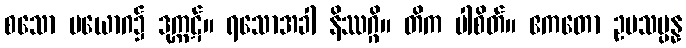
စသော ပယောဂ၌ ဒုက္ကဋ်။ ရသောအခါ နိဿဂ္ဂိ။ တိက ပါစိတ်။ ဧကတော ဥပသမ္ပန္န